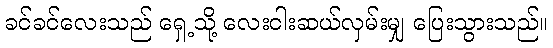
ခင်ခင်လေးသည် ရှေ့သို့ လေးငါးဆယ်လှမ်းမျှ ပြေးသွားသည်။